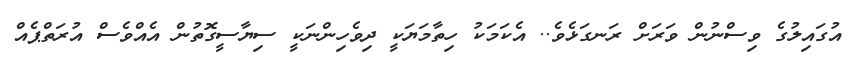
އުގައިލުގެ ވިސްނުން ވަރަށް ރަނގަޅެވެ.. އެކަމަކު ހިތާމަޔަކީ ދިވެހިންނަކީ ސިޔާސީގޮތުން އެއްވެސް އުރަތްޕެއް